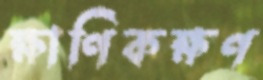
ক্ষাণিকক্ষণ